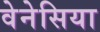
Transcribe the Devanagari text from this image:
वेनेसिया